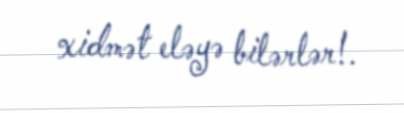
xidmət eləyə bilərlər!.